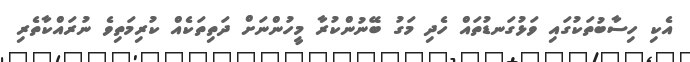
އެކި ހިސާބުތަކުގައި ވަޅުގަނޑުތައް ހެދި މަގު ބޭނުންކުރާ މީހުންނަށް ދަތިތަކެއް ކުރިމަތިވެ ނުރައްކާތެރި